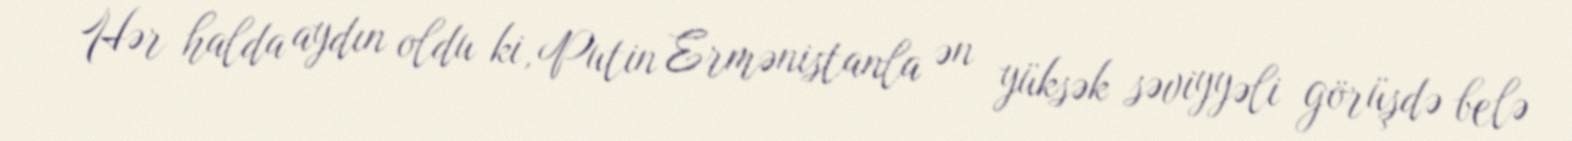
Hər halda aydın oldu ki, Putin Ermənistanla ən yüksək səviyyəli görüşdə belə